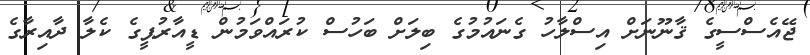
ޖޭއެސްސީގެ ޤާނޫނަށް އިސްލާހު ގެނައުމުގެ ބިލަށް ބަހުސް ކުރައްވަމުން ޑީއާރުޕީގެ ކެލާ ދާއިރާގެ